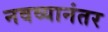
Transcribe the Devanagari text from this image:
नवव्यानंतर